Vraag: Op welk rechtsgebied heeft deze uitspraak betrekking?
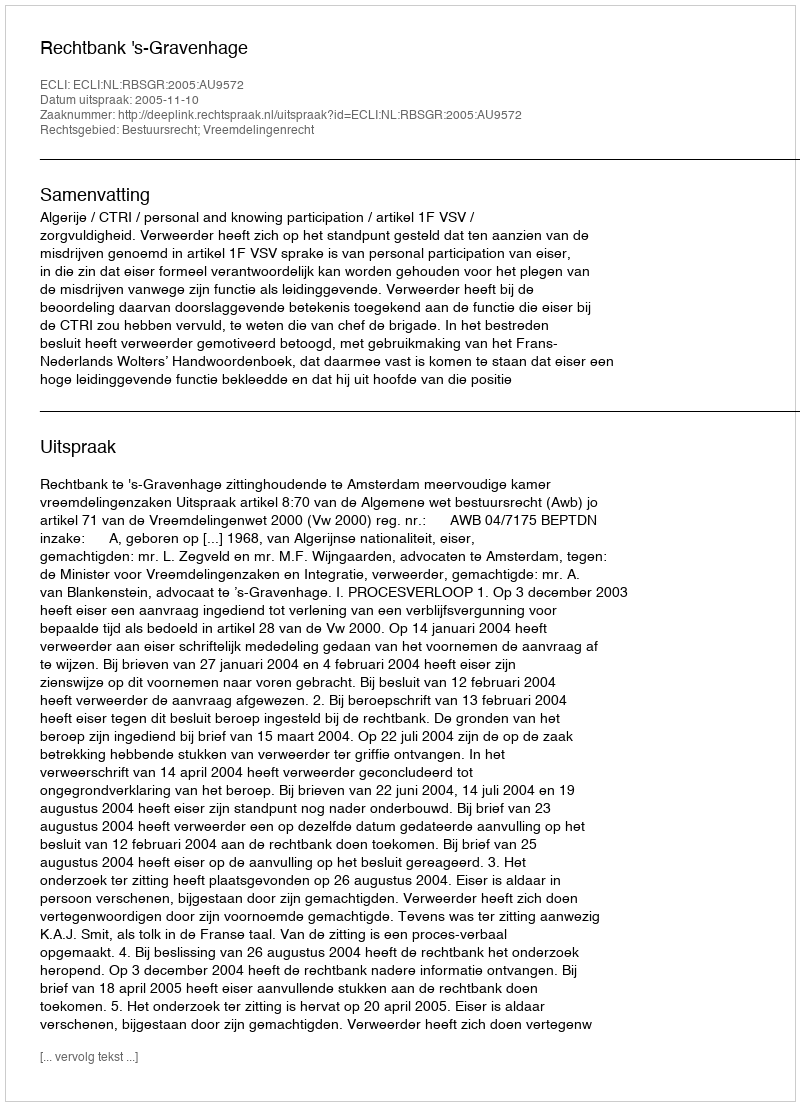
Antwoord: Bestuursrecht; Vreemdelingenrecht